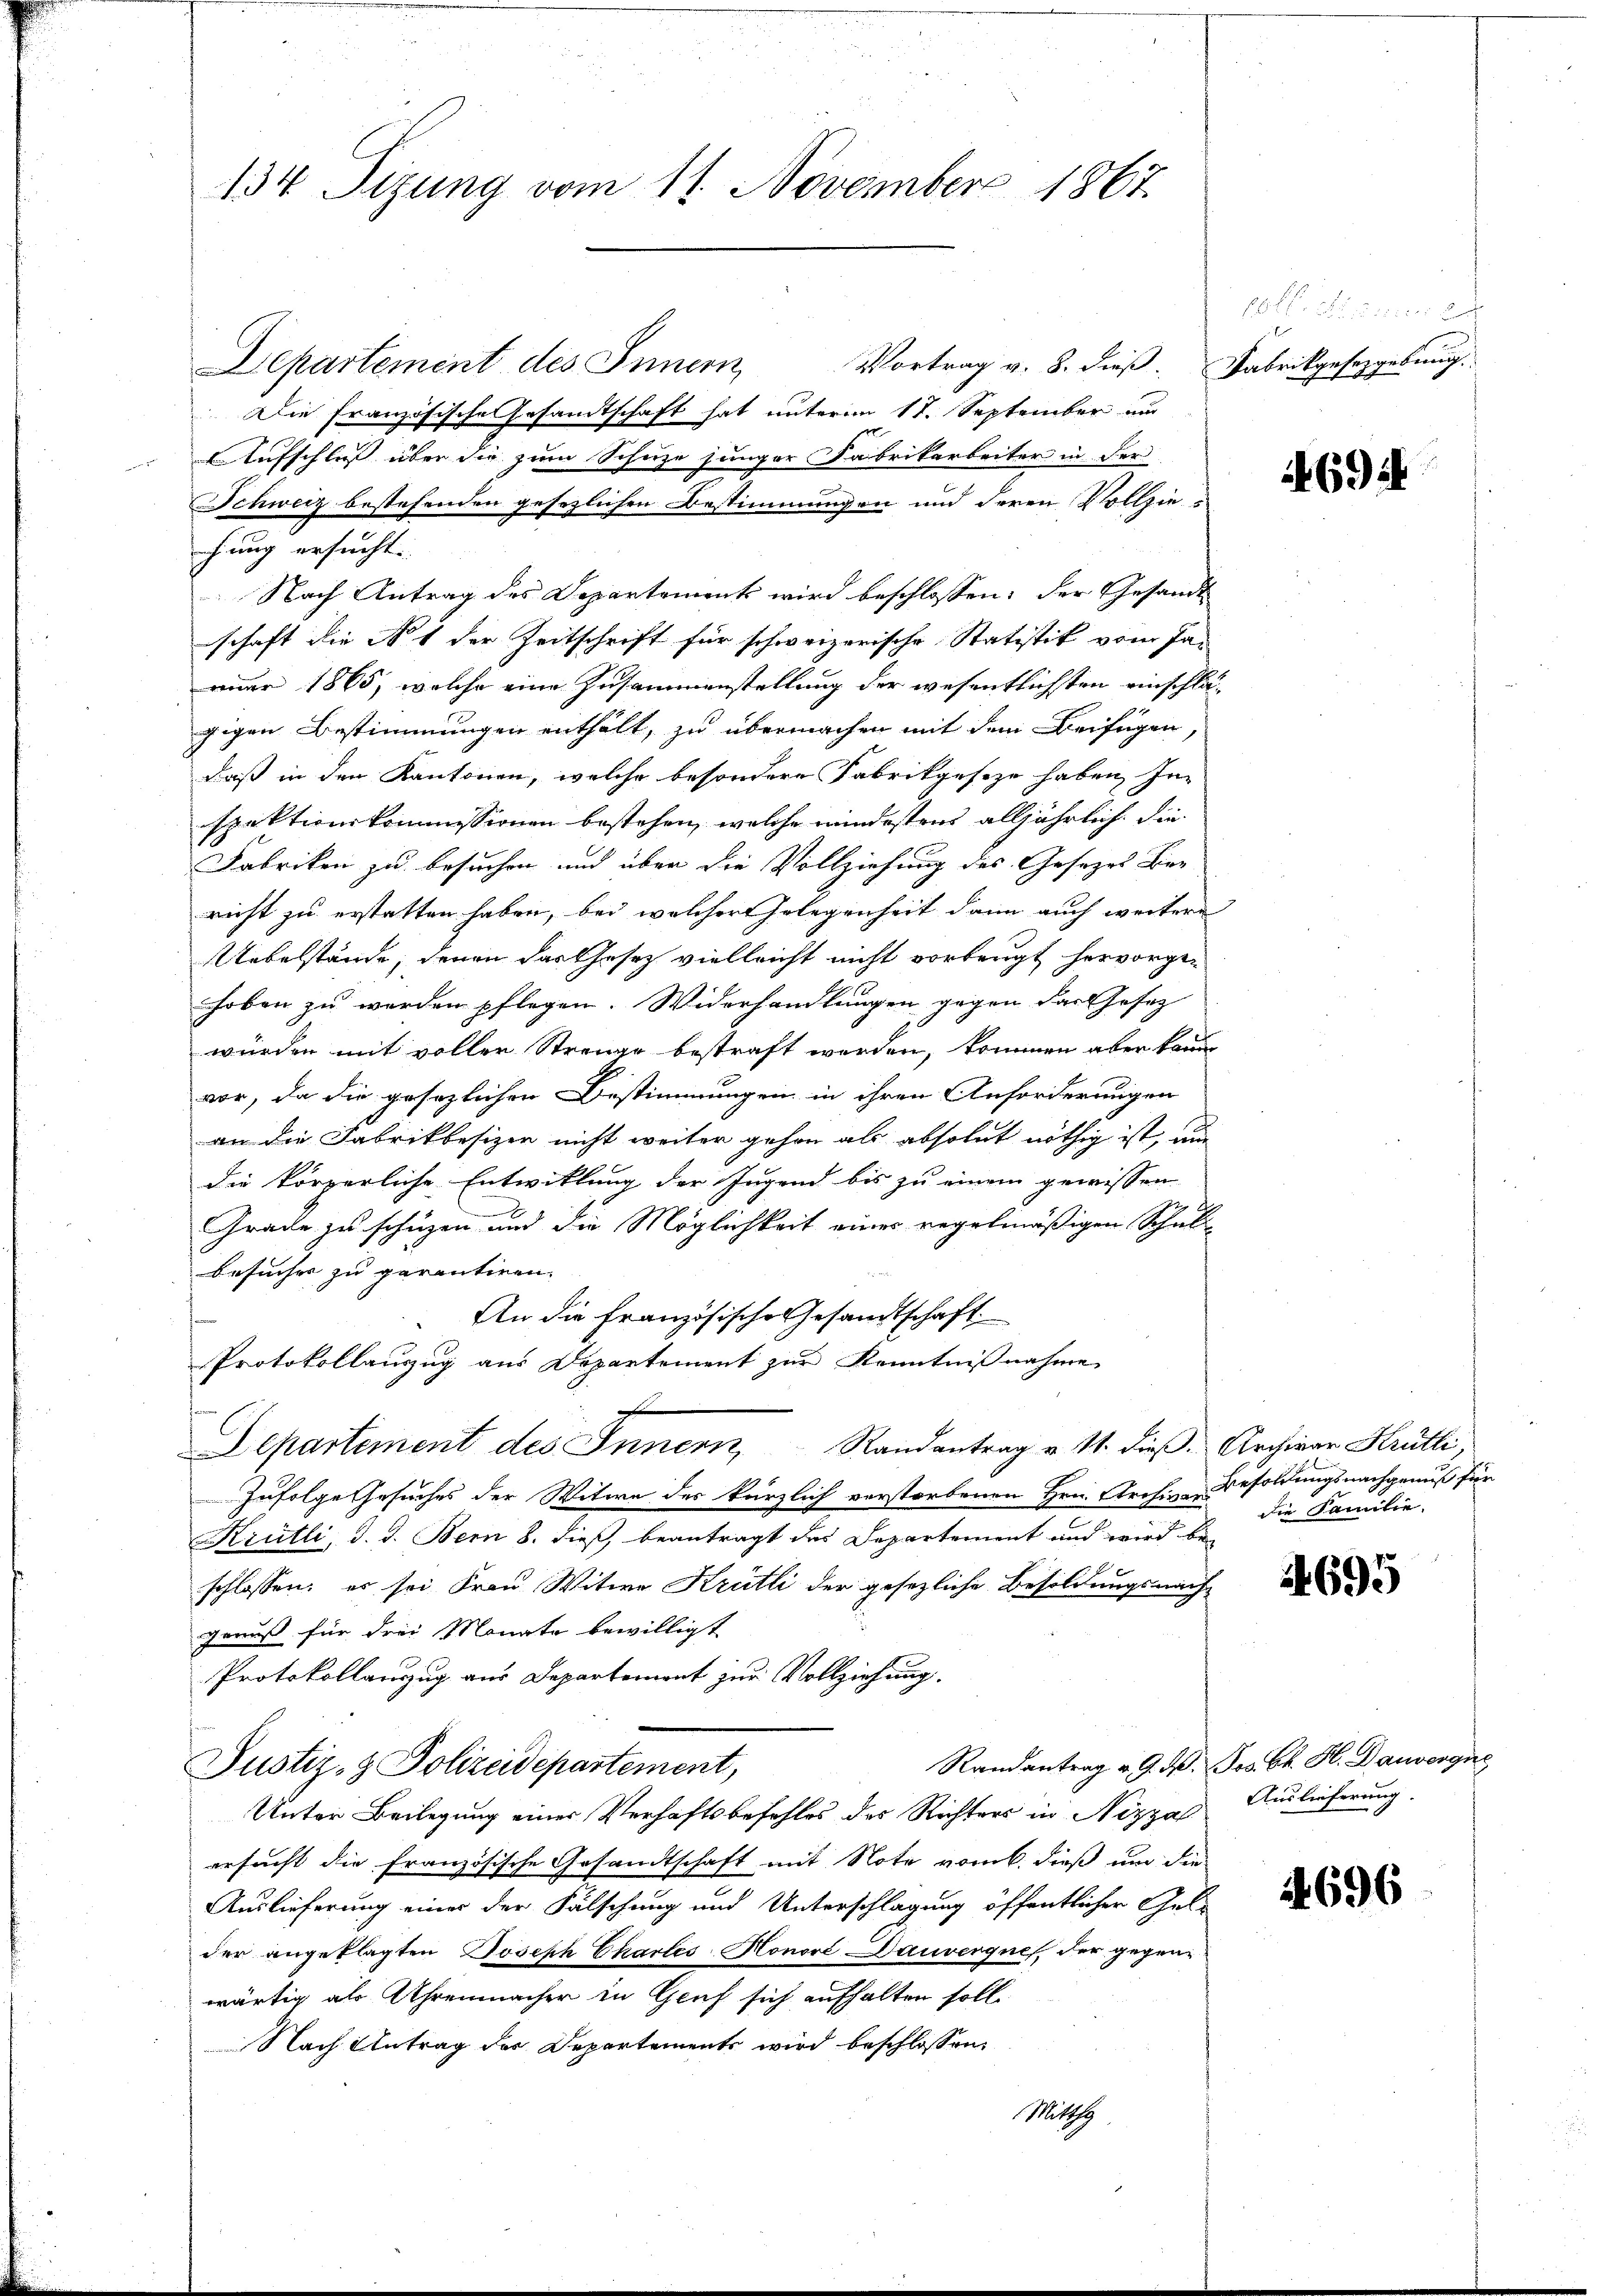
134 Sizung vom 11. November 1867.

Vortrag v. 8. dieß. Fabrikgesetzgebung.
Departement des Innern,
Die Französische Gesandtschaft hat unterm 17. September und
Aufschluss über die zum Schuze junger Fabrikarbeiter in der
Schweiz bestehenden gesezlichen Bestimmungen und deren Vollziehung ersucht.
Nach Antrag des Departement wird beschlossen: der Gesandt
schaft die Not der Zeitschrift für schweizerische Statistik vom Ja-
nuar 1865, welche eine Zusammenstellung der wesentlichsten einschli
gigen Bestimmungen enthält, zu übermachen mit dem Beifügen
daß in den Kantonen, welche besondere Fabrikgeseze haben, In
spektionskommissionen bestehen, welche mindestens alljährlich die
Fabriken zu besuchen und über die Vollziehung des Gesezes Ber
richt zu erstatten haben, bei welcher Gelegenheit dann auch weitere
Uebelstände, denen das Gesetz vielleicht nicht vorbeugt hervorge-
hoben zu werden pflegen. Widerhandlungen gegen das Gesez
würden mit voller Strenge bestraft werden, kommen aber kann
vor, da die gesezlichen Bestimmungen in ihren Anforderungen
an die Fabrikbesizen nicht weiter gehen als absolut nöthig ist, un
die körperliche Entwitlung der Jugend bis zu einem gewissen
e
Grade zu schüzen und die Möglichkeit eines regelmäßigen Schul¬
Besucher zu parentiren.
.
An die französische Gesandtschaft
Protokollauszug aus Departement zur Kenntnißnahme
Departement des Innern, Randantrag v. M. dieβ. Archivar Krütli
Zufolge Gesuches der Witwe der kürzlich verstorbenen Hrn. Archive Besoldungsnachgenuß für
Krütli, d. d. Bern 8. dieß, beantragt das Departement und wird be-
schlossen; er sei Frau Witwe Krütli der gesezliche Besoldungsnach
genuß für drei Monate bewilligt
Protokollanzug aus Departement zur Vollziehung.
Randantrag v. 9. d. Jos. Cl. H. Danvergn
Justiz- & Polizeidepartement,
Unter Beilegung einer Verhaftsbefehles des Richters in Nizza
ersucht die Französische Gesandtschaft mit Note vom 6. dieß um die
Auslieferung einer der Fälschung und Unterschlagung öffentlicher Gelder angeklagten Joseph Charles-Honore Dauverques, der gegenwärtig als Uhrenmacher in Graf sich aufhalten soll.
Nach Antrag der Departements wird beschlossen:
Mitthe

fl. 5 f 12 x

694

die Familie.

695

Auslieferung.

696